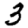
Digit: 3